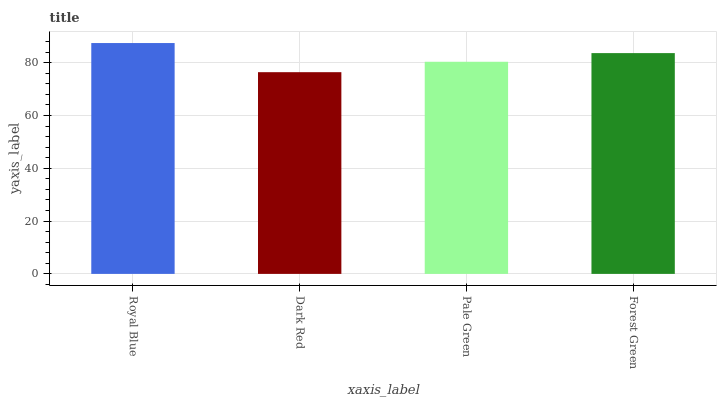
| xaxis_label | bars |
 | --- | --- |
 | Royal Blue | 87.5 |
 | Dark Red | 76.4 |
 | Pale Green | 80.4 |
 | Forest Green | 83.7 |